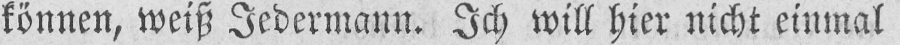
können, weiß Jedermann. Ich will hier nicht einmal